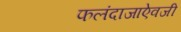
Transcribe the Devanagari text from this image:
फलंदाजाऐवजी